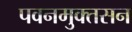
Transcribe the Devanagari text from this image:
पवनमुक्तसन